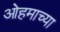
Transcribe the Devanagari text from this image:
ओहमाच्या